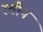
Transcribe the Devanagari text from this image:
रवीन